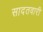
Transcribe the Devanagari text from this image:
सादतवारी